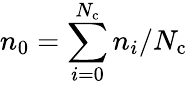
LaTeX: n_{0}=\sum_{i=0}^{N_{\mathrm{c}}}n_{i}/N_{\mathrm{c}}